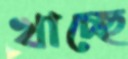
খাচ্ছে